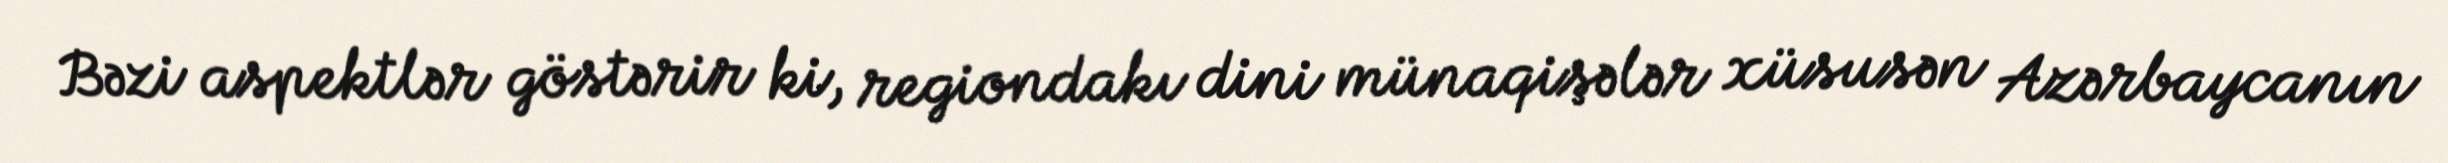
Bəzi aspektlər göstərir ki, regiondakı dini münaqişələr xüsusən Azərbaycanın